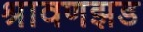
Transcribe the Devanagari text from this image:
श्रावणझड